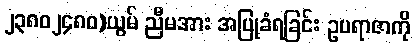
၂၃၈၀၂၄၈၀)ယွမ် ညီမအား အပြုခံရခြင်း ဥပရာဇာကို